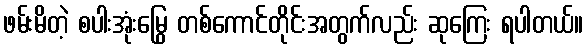
ဖမ်းမိတဲ့ စပါးအုံးမြွေ တစ်ကောင်တိုင်းအတွက်လည်း ဆုကြေး ရပါတယ်။